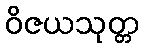
ဝိဇယသုတ္တ